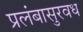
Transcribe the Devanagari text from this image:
प्रलंबासुरवध